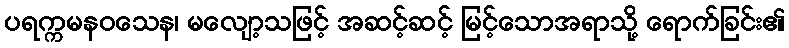
ပရက္ကမနဝသေန၊ မလျော့သဖြင့် အဆင့်ဆင့် မြင့်သောအရာသို့ ရောက်ခြင်း၏